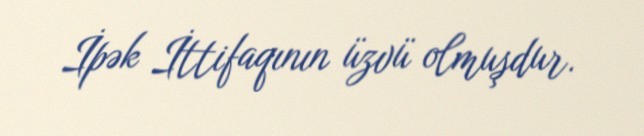
İpək İttifaqının üzvü olmuşdur.